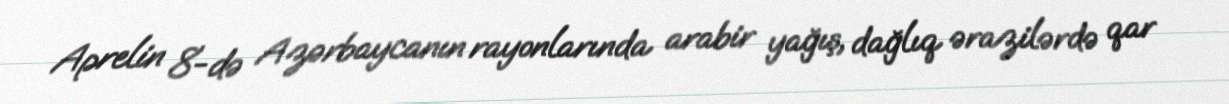
Aprelin 8-də Azərbaycanın rayonlarında arabir yağış, dağlıq ərazilərdə qar